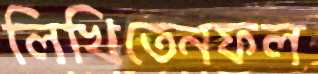
লিখিতেনফল